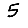
Digit: 5